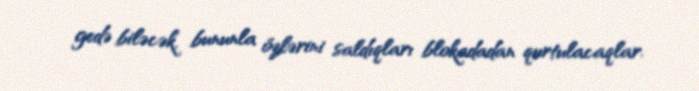
gedə biləcək, bununla özlərini saldıqları blokadadan qurtulacaqlar.